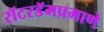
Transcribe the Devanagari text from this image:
रॉटरडॅमप्रमाणे